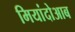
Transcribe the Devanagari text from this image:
मियांदोआब